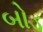
બોડ